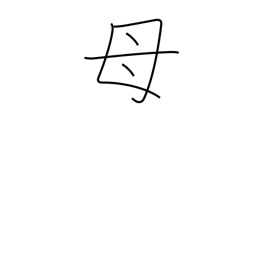
Meaning: mother